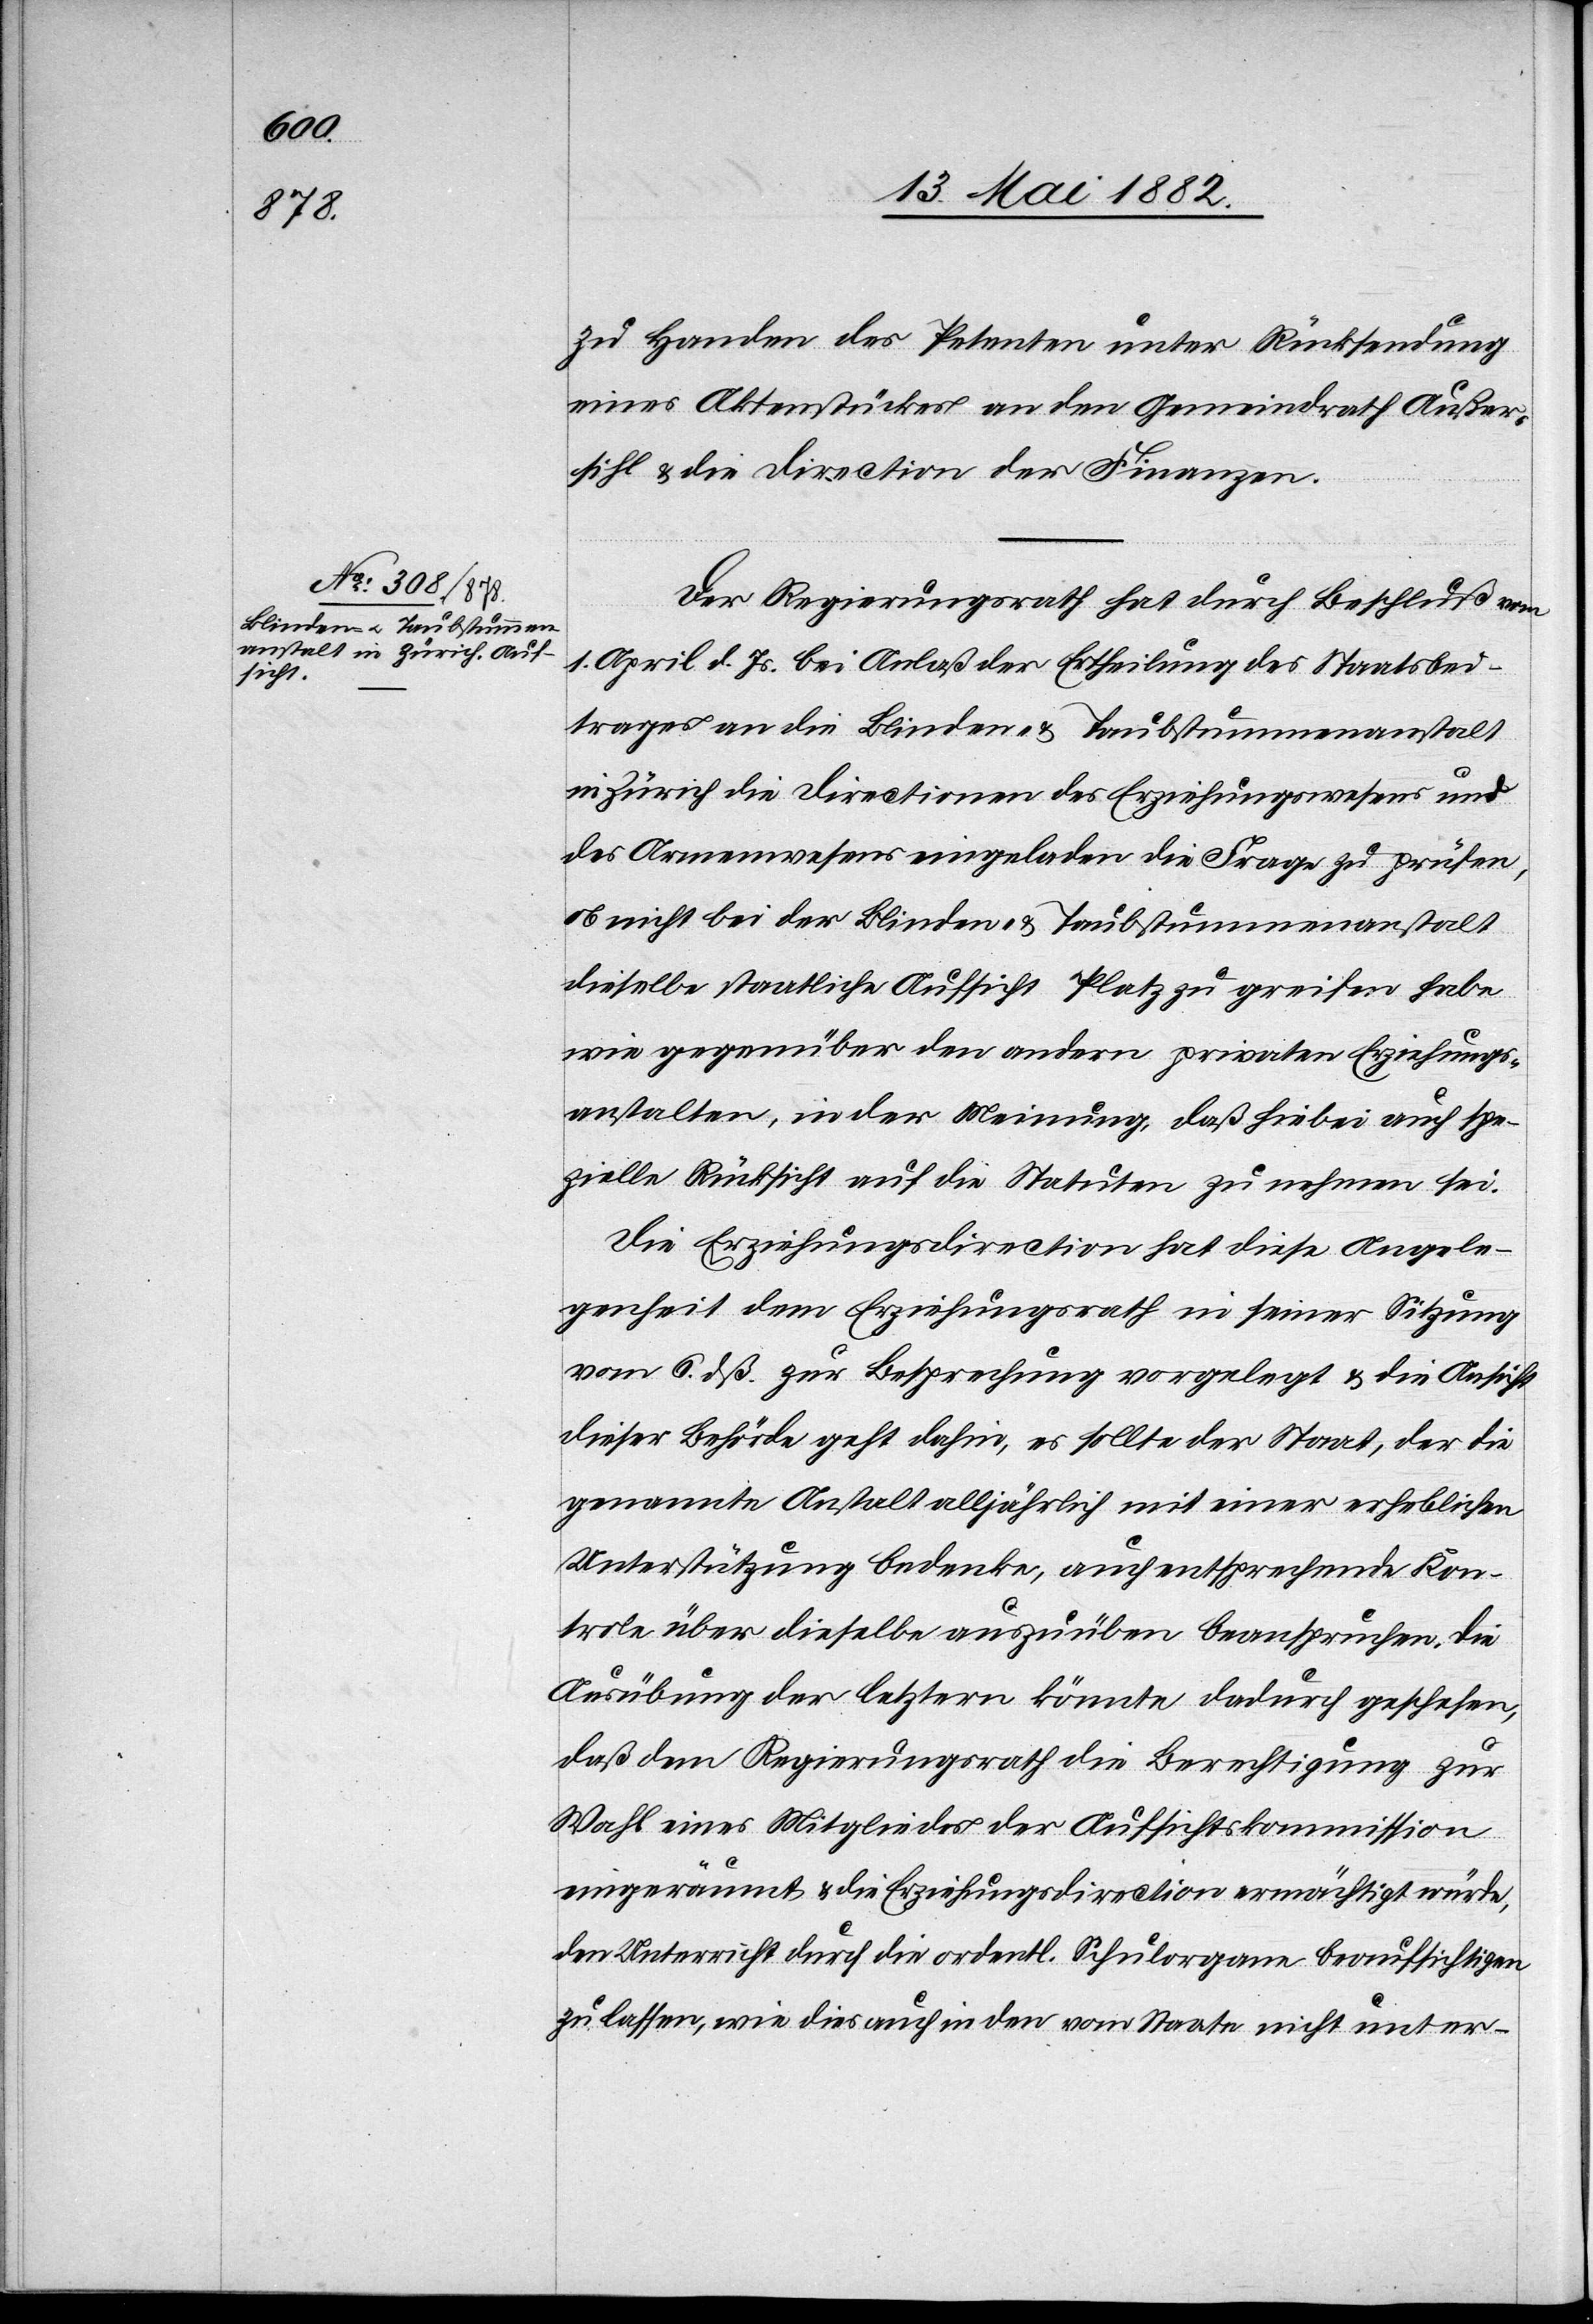
zu Handen des Petenten unter Rücksendung
eines Aktenstückes[,] an den Gemeindrath Außer¬
sihl & die Direction der Finanzen.
Der Regierungsrath hat durch Beschluß vom
1. April d. Js. bei Anlaß der Ertheilung des Staatsbei¬
trages an die Blinden- & Taubstummenanstalt
in Zürich die Directionen des Erziehungswesens und
des Armenwesens eingeladen die Frage zu prüfen,
ob nicht bei der Bliden- & Taubstummenanstalt
dieselbe staatliche Aufsicht Platz zu greifen habe
wie gegenüber den andern privaten Erziehungs¬
anstalten, in der Meinung, daß hiebei auch spe¬
zielle Rücksicht auf die Statuten zu nehmen sei.
Die Erziehungsdirection hat diese Angele¬
genheit dem Erziehungsrath in seiner Sitzung
vom 6. dß. zur Besprechung vorgelegt & die Ansicht
dieser Behörde geht dahin, es sollte der Staat, der die
genannte Anstalt alljährlich mit einer erheblichen
Unterstützung bedenke, auch entsprechende Kon¬
trole über dieselbe auszuüben beanspruchen. Die
Ausübung der letztern könnte dadurch geschehen,
daß dem Regierungsrath die Berechtigung zur
Wahl eines Mitgliedes der Aufsichtskommission
eingeräumt & die Erziehungsdirection ermächtigt würde,
den Unterricht durch die ordentl. Schulorgane beaufsichtigen
zu lassen, wie dies auch in den vom Staate nicht unter-